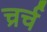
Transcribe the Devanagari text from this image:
च्रर्च